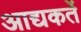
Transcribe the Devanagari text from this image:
आद्यकर्ते